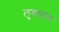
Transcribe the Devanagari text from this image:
लुबाहम